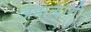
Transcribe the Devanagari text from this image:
जमान्याशी